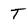
Character: T